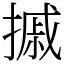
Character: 摵